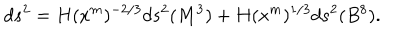
d s ^ { 2 } = H ( x ^ { m } ) ^ { - 2 / 3 } d s ^ { 2 } ( M ^ { 3 } ) + H ( x ^ { m } ) ^ { 1 / 3 } d s ^ { 2 } ( B ^ { 8 } ) .